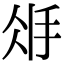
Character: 𢪽